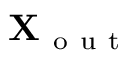
\mathbf { X } _ { \mathrm { ~ o ~ u ~ t ~ } }